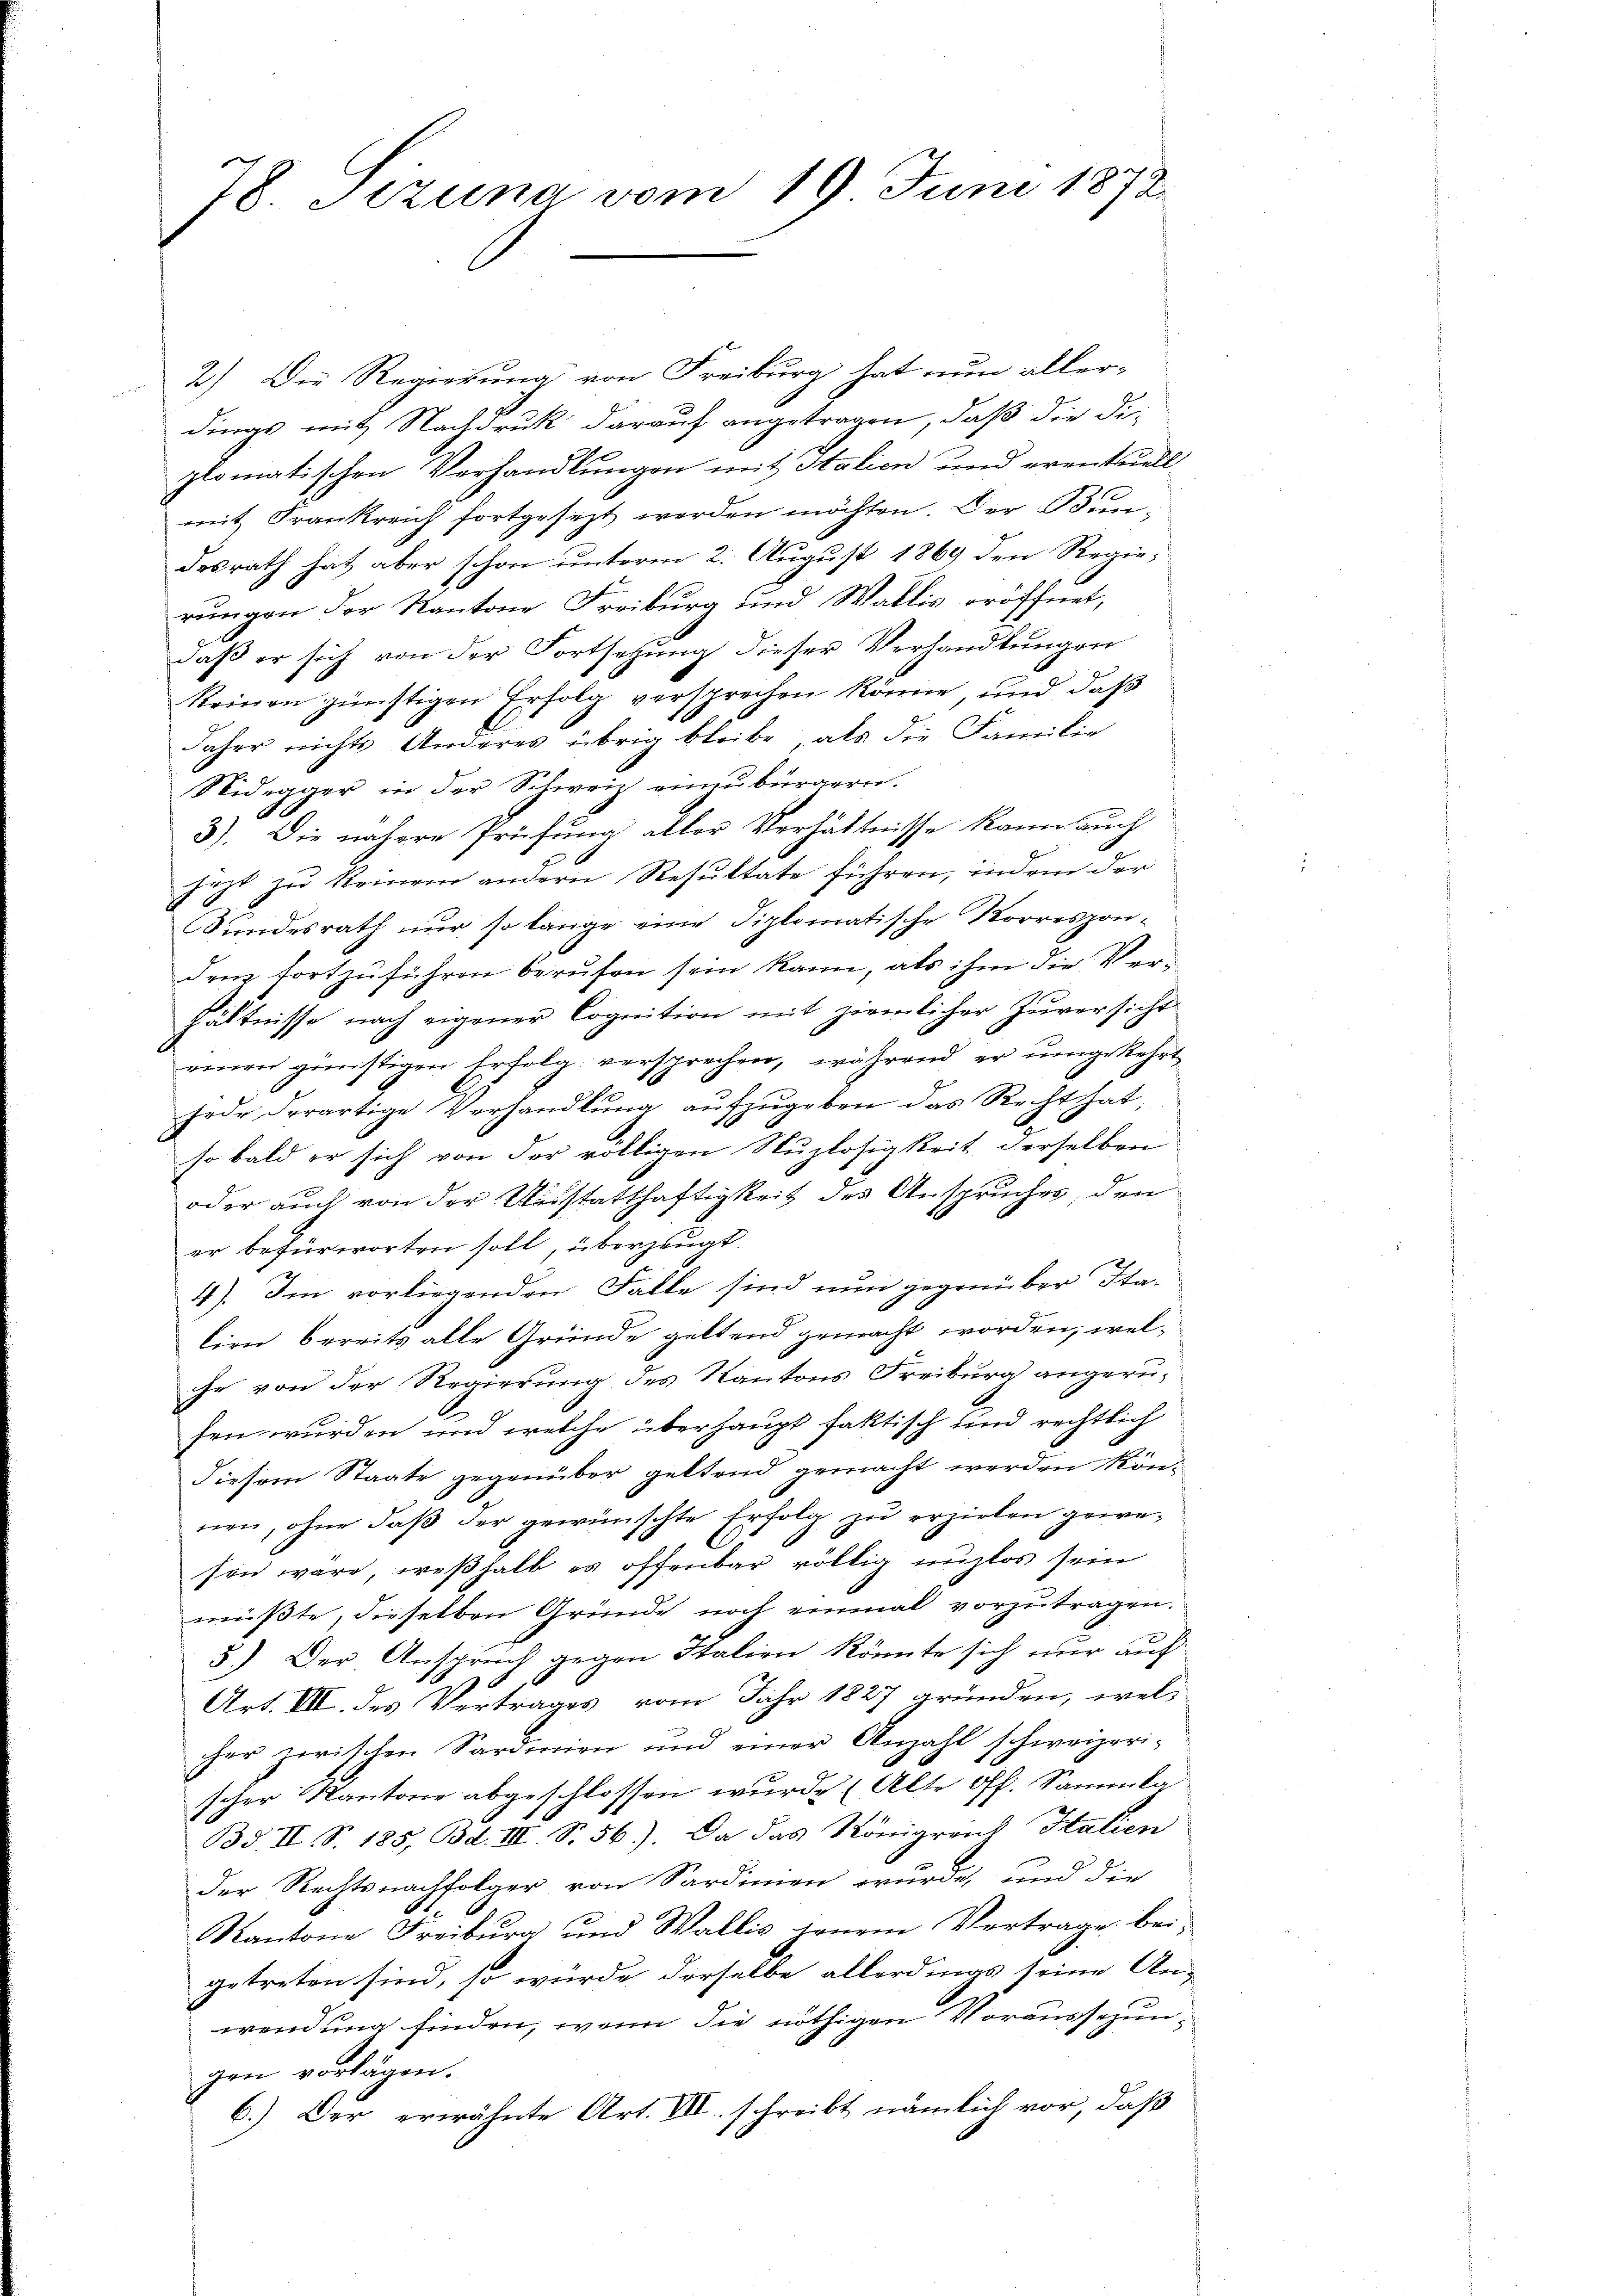
2.) Die Regierung von Freiburg hat nun allerdings mit Nachdruck darauf angetragen, daß die dieplomatischen Verhandlungen mit Stalien und eventuell
mit Frankreich fortgesezt werden möchten. Der Bundesrath hat aber schon unterm 2. August 1869 den Regierungen der Kantone Freiburg und Wallis eröffnet,
daß er sich von der Fortsetzung dieser Verhandlungen
Reinen günstigen Erfolg versprechen könne, und daß
daher nichts Anderes übrig bleibe, als die Familie
Nidegger in der Schweiz einzubürgern.
3). Die nähere Prüfung aller Verhältnisse kann auch
jezt zu kommen andern Resultate führen, indem der
Sundesrath nur so lange eine diplomatische Korrespon-
den fortzuführen berufen sein kann, als ihm die Verhältnisse nach eigener Cognition mit ziemlicher Zuversicht
einen günstigen Erfolg versprechen, während er ŭmgekehrt
jede derartige Verhandlung aufzugeben das Recht hat
so bald er sich von der völligen Nuzlosigkeit derselben
oder auch von der Ausstatthaftigkeit des Anspruches, den
er befürworten soll, überzeugt.
4). Im vorliegenden Falle sind nun gegenüber Sta-
lien bereits alle Gründe geltend gemacht worden, welche von der Regierung des Kantons Freiburg angerusen wurden und welche überhaupt faktisch und rechtlich
diesem Staate gegenüber geltend gemacht werden können, ohne daß der gewünschte Erfolg zu erzielen gewesen wäre, weßhalb es offenbar völlig nüzlos sein
müßte, dieselben Gründe noch einmal vorzutragen.
5.) Der Anspruch gegen Italien könnte sich nur auf
Art. VII. des Vertrages vom Jahr 1827 gründen, wel-
her zwischen Sardinien und einer Anzahl schweizeri-
scher Kantone abgeschlossen wurde (Alte Off. Sammla¬
Bd. II S. 185, Bd. III S. 56). Da das Königrand Italien
der Rechtsnachfolger von Sardinien wurde, und die
Kantone Freiburg und Wallis jenem Vertrage bei-
getreten sind, so würde derselbe allerdings seine An-
wendung finden, wenn die nöthigen Vorausschungen vorlagen.
6.) Der erwähnte Art. VII. schreibt nämlich vor, daß

78 Sezuna vom 19 Juni 1872